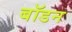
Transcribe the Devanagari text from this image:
बॉडन